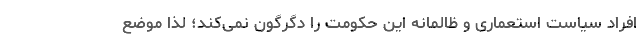
افراد سیاست استعماری و ظالمانه این حکومت را دگرگون نمی‌کند؛ لذا موضع